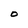
Character: O